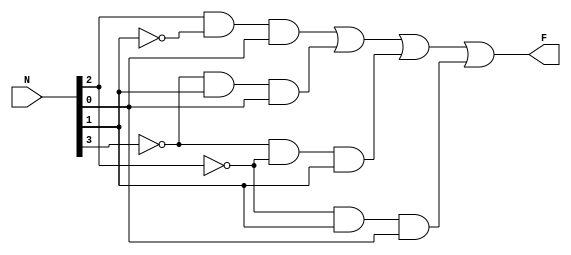
module primo(N, F);
input [3:0] N;
output F;
	wire w1, w2, w3, w4;
	and u0 (w1, N[2], ~N[1], N[0]);
	and u1 (w2, ~N[3], N[1], N[0]);
	and u2 (w3, ~N[3], ~N[2], N[1]);
	and u3 (w4, ~N[2], N[1], N[0]);
	or u4 (F, w1, w2, w3, w4);
endmodule